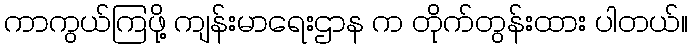
ကာကွယ်ကြဖို့ ကျန်းမာရေးဌာန က တိုက်တွန်းထား ပါတယ်။